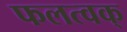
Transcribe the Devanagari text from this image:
फलत्वक्